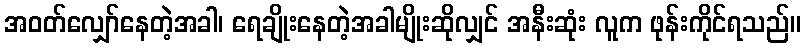
အဝတ်လျှော်နေတဲ့အခါ၊ ရေချိုးနေတဲ့အခါမျိုးဆိုလျှင် အနီးဆုံး လူက ဖုန်းကိုင်ရသည်။